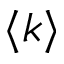
\langle k \rangle